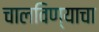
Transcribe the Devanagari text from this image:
चालविण्‍याचा